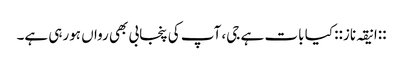
::انیقہ ناز:: کیا بات ہے جی، آپ کی پنجابی بھی رواں ہورہی ہے۔